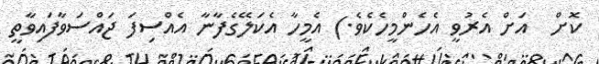
ކޮށް  އަށް އެރުވީ އެހެންމީހެކެވެ.) އެމީހާ އެކަލޭގެފާނާ އެއްސިފަ ޖައްސަވާފައިވާތީ